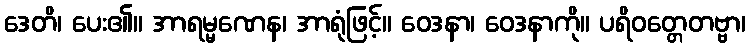
ဒေတိ၊ ပေး၏။ အာရမ္မဏေန၊ အာရုံဖြင့်။ ဝေဒနာ၊ ဝေဒနာကို။ ပရိဝတ္တေတဗ္ဗာ၊